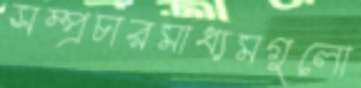
সম্প্রচারমাধ্যমগুলো